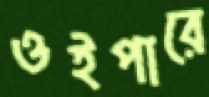
ওইপারে